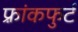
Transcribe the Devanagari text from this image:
फ़्रांकफुर्ट